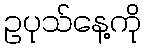
ဥပုသ်နေ့ကို